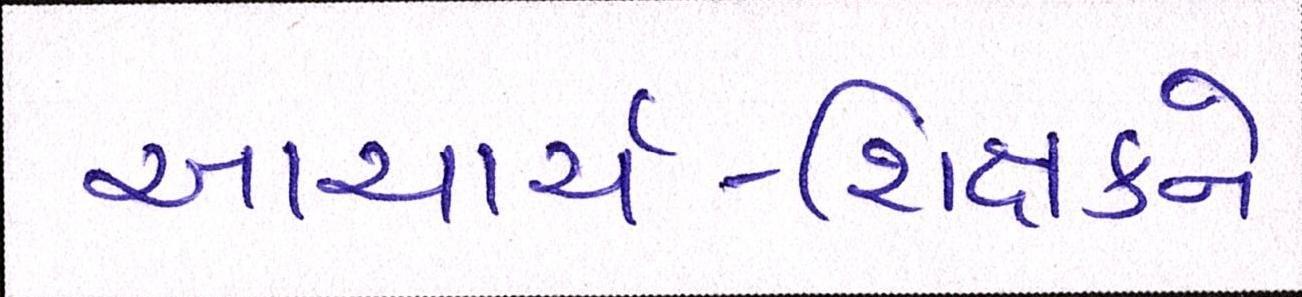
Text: આચાર્ય-શિક્ષકને